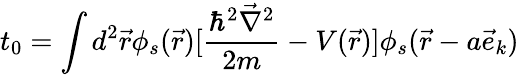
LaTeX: t_{0}=\int d^{2}\vec{r}\phi_{s}(\vec{r})[\frac{\hbar^{2}\vec{\nabla}^{2}}{2m}-V(\vec{r})]\phi_{s}(\vec{r}-a\vec{e}_{k})